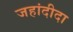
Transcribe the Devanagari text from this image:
जहांदीदा